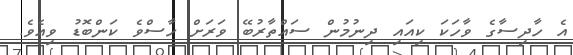
އެ ހާދިސާގެ ވާހަކަ ކިއައި ދިނުމުން ސައްތާރުބޭ ވަރަށް ހާސްވެ ކަންބޮޑު ވިއެވެ.